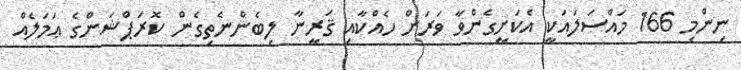
ނިންމި 166 މައްސަލައަކީ އެކަށީގެންވާ ވަރަށް ހެއްކާއި ޤަރީނާ ލިބެންނެތިގެން ކޮރަޕްޝަންގެ ޢަމަލެއް